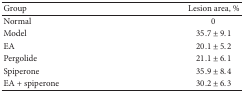
| Group | Lesion area, % |
 | --- | --- |
 | Normal | 0 |
 | Model | 35.7 ± 9.1 |
 | EA | 20.1 ± 5.2 |
 | Pergolide | 21.1 ± 6.1 |
 | Spiperone | 35.9 ± 8.4 |
 | EA + spiperone | 30.2 ± 6.3 |